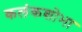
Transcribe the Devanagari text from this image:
कलंकशोभा